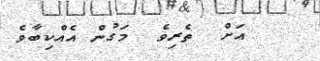
އަށް  ތެރިވެ  މަގުން އެއްކިބާވެ